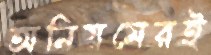
অনিয়মেরই